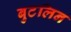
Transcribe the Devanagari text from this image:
बुटलिन